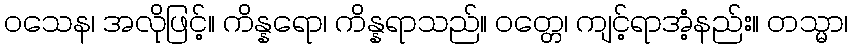
ဝသေန၊ အလိုဖြင့်။ ကိန္နရော၊ ကိန္နရာသည်။ ဝတ္တေ၊ ကျင့်ရာအံ့နည်း။ တသ္မာ၊